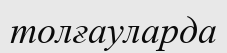
толғауларда